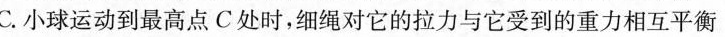
C.小球运动到最高点C处时，细绳对它的拉力与它受到的重力相互平衡